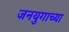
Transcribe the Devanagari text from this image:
जनयुगाच्या